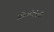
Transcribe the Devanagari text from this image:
सीमारेषेची